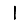
Digit: 1